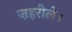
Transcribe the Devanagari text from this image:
ज़हरीले।